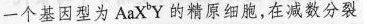
一个基因型为AaX^{b}Y的精原细胞，在减数分裂